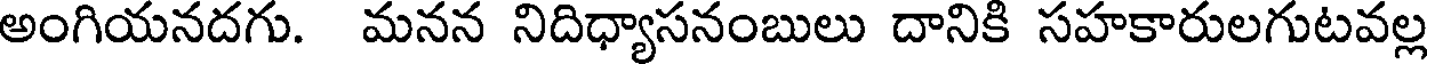
అంగియనదగు. మనన నిదిధ్యాసనంబులు దానికి సహకారులగుటవల్ల